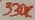
Text: 330K